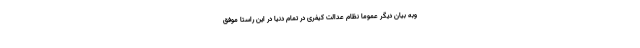
وبه بیان دیگر عموما ًنظام عدالت کیفری در تمام دنیا در این راستا موفق